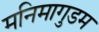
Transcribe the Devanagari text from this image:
मनिमागुडम